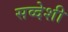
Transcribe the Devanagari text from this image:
सव्देशी